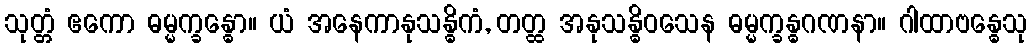
သုတ္တံ ဧကော ဓမ္မက္ခန္ဓော။ ယံ အနေကာနုသန္ဓိကံ, တတ္ထ အနုသန္ဓိဝသေန ဓမ္မက္ခန္ဓဂဏနာ။ ဂါထာဗန္ဓေသု